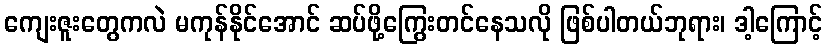
ကျေးဇူးတွေကလဲ မကုန်နိုင်အောင် ဆပ်ဖို့ကြွေးတင်နေသလို ဖြစ်ပါတယ်ဘုရား၊ ဒါ့ကြောင့်